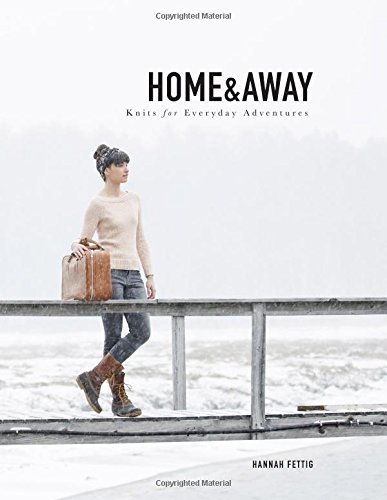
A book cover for Home & Away: Knits for Everyday Adventures; Hannah Fettig; Crafts, Hobbies & Home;